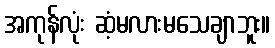
အကုန်လုံး ဆံ့မလားမသေချာဘူး။